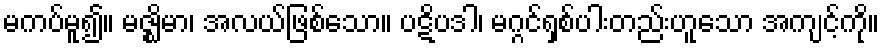
မကပ်မူ၍။ မဇ္ဈိမာ၊ အလယ်ဖြစ်သော။ ပဋိပဒါ၊ မဂ္ဂင်ရှစ်ပါးတည်းဟူသော အကျင့်ကို။